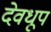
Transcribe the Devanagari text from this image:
देवधूप